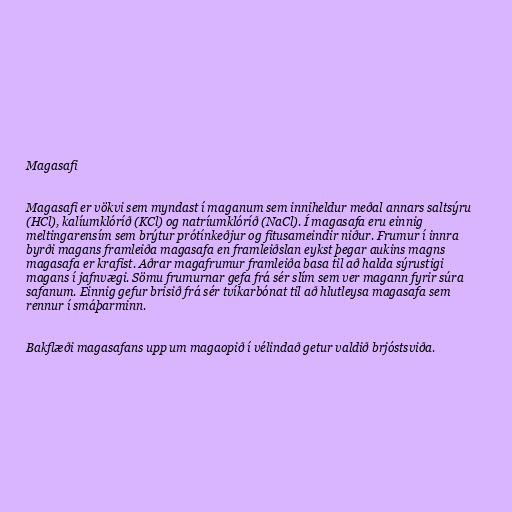
Magasafi

Magasafi er vökvi sem myndast í maganum sem inniheldur meðal annars saltsýru
(HCl), kalíumklóríð (KCl) og natríumklóríð (NaCl). Í magasafa eru einnig
meltingarensím sem brýtur prótínkeðjur og fitusameindir niður. Frumur í innra
byrði magans framleiða magasafa en framleiðslan eykst þegar aukins magns
magasafa er krafist. Aðrar magafrumur framleiða basa til að halda sýrustigi
magans í jafnvægi. Sömu frumurnar gefa frá sér slím sem ver magann fyrir súra
safanum. Einnig gefur brisið frá sér tvíkarbónat til að hlutleysa magasafa sem
rennur í smáþarminn.

Bakflæði magasafans upp um magaopið í vélindað getur valdið brjóstsviða.